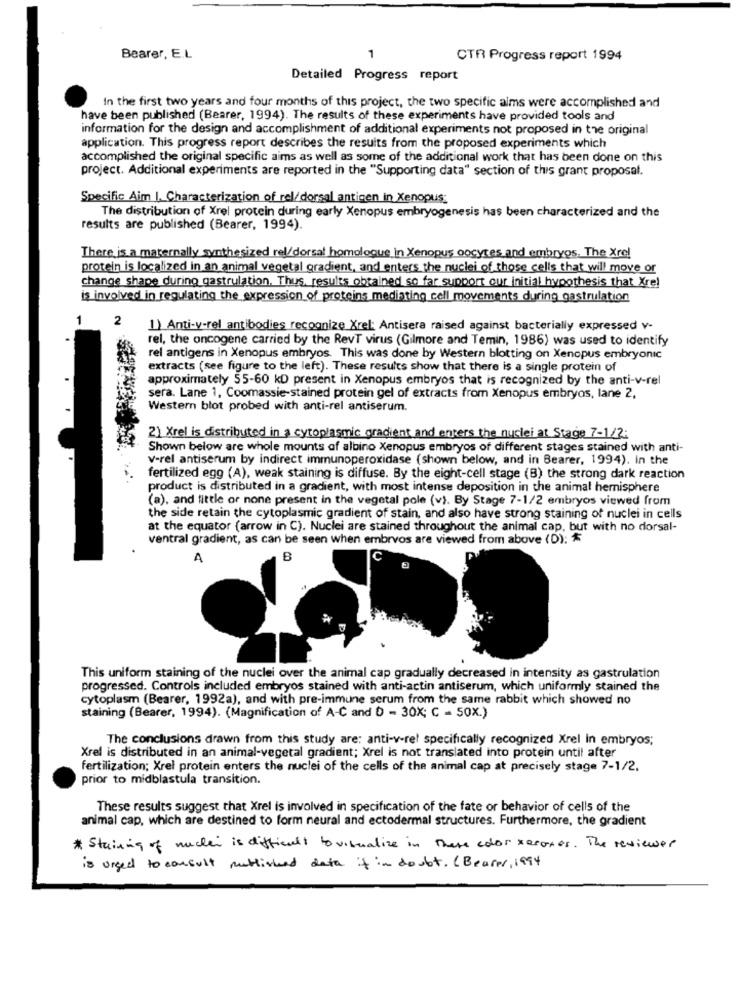
Bearer, E.L
1
CTR Progress report 1994
Detailed Progress report
In the first two years and four months of this project, the two specific aims were accomplished and
have been published (Bearer, 1994). The results of these experiments have provided tools and
information for the design and accomplishment of additional experiments not proposed in the original
application. This progress report describes the results from the proposed experiments which
accomplished the original specific aims as well as some of the additional work that has been done on this
project. Additional experiments are reported in the "Supporting data" section of this grant proposal.
Specific Aim I. Characterization of rel/dorsal antigen in Xenopus:
The distribution of Xrel protein during early Xenopus embryogenesis has been characterized and the
results are published (Bearer, 1994).
There is a maternally synthesized rel/dorsal homologue in Xenopus oocytes and embryos. The Xrel
protein is localized in an animal vegetal gradient, and enters the nuclei of those cells that will move or
change shape during gastrulation. Thus, results obtained so far support our initial hypothesis that Xrel
is involved in regulating the expression of proteins mediating cell movements during gastrulation
2
1) Anti-y-rel antibodies recognize Xrel: Antisera raised against bacterially expressed v-
rel, the oncogene carried by the RevT virus (Gilmore and Temin, 1986) was used to identify
rel antigens in Xenopus embryos. This was done by Western blotting on Xenopus embryonic
extracts (see figure to the left). These results show that there is a single protein of
approximately 55-60 kD present in Xenopus embryos that is recognized by the anti-v-rel
sera. Lane 1, Coomassie-stained protein gel of extracts from Xenopus embryos, lane 2,
Western blot probed with anti-rel antiserum.
2) Xrel is distributed in a cytoplasmic gradient and enters the nuclei at Stage 7-1/2:
Shown below are whole mounts of albino Xenopus embryos of different stages stained with anti-
v-rel antiserum by indirect immunoperoxidase (shown below, and in Bearer, 1994). in the
fertilized egg (A), weak staining is diffuse. By the eight-cell stage (B) the strong dark reaction
product is distributed in a gradient, with most intense deposition in the animal hemisphere
(a), and little or none present in the vegetal pole (v). By Stage 7-1/2 embryos viewed from
the side retain the cytoplasmic gradient of stain, and also have strong staining of nuclei in cells
at the equator (arrow in C). Nuclei are stained throughout the animal cap, but with no dorsal-
ventral gradient, as can be seen when embrvos are viewed from above (D): $
A
B
This uniform staining of the nuclei over the animal cap gradually decreased in intensity as gastrulation
progressed. Controls included embryos stained with anti-actin antiserum, which uniformly stained the
cytoplasm (Bearer, 1992a), and with pre-immune serum from the same rabbit which showed no
staining (Bearer, 1994). (Magnification of A-C and D - 30X; C = 50X.)
The conclusions drawn from this study are: anti-v-ret specifically recognized Xrel in embryos;
Xrel is distributed in an animal-vegetal gradient; Xrel is not translated into protein until after
fertilization; Xrel protein enters the nuclei of the cells of the animal cap at precisely stage 7-1/2.
prior to midblastula transition.
These results suggest that Xrel is involved in specification of the fate or behavior of cells of the
animal cap, which are destined to form neural and ectodermal structures. Furthermore, the gradient
* Staining of nuclei is difficult to visualize in these color xeroxes. The reviewer
is urged to consult mutlished data it in doubt. ( Bearer, 1994